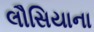
લૌસિયાના